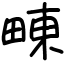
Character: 𤲚